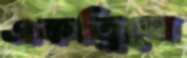
একত্রিশে